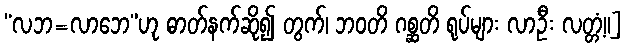
“လဘ=လာဘေ”ဟု ဓာတ်နက်ဆို၍ တွက်၊ ဘဝတိ ဂစ္ဆတိ ရုပ်များ လာဦး လတ္တံ့။]